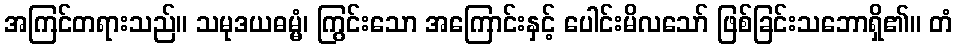
အကြင်တရားသည်။ သမုဒယဓမ္မံ၊ ကြွင်းသော အကြောင်းနှင့် ပေါင်းမိလသော် ဖြစ်ခြင်းသဘောရှိ၏။ တံ